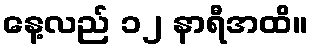
နေ့လည် ၁၂ နာရီအထိ။